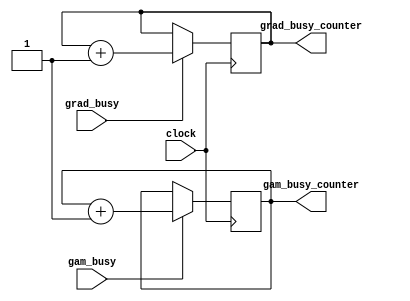
module Counter(
    input clock,
    input gam_busy,
	input grad_busy,
	output reg [127:0] gam_busy_counter,
	output reg [127:0] grad_busy_counter
    );
    
    
    always @(posedge clock)
    begin
        in_if = 1'b0;
        in_else = 1'b0;
        in_always = 1'b0;
        if(gam_busy == 1'b1)
        begin
            gam_busy_counter = gam_busy_counter + 128'b1;
        end
		if(grad_busy == 1'b1)
		begin
			grad_busy_counter = grad_busy_counter + 128'b1;
		end
    end
endmodule